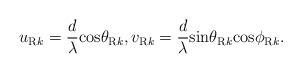
LaTeX: \begin{align*}u_{{\rm R}k}=\frac{d}{\lambda}{\rm cos}\theta_{{\rm R}k},v_{{\rm R}k}=\frac{d}{\lambda}{\rm sin}\theta_{{\rm R}k}{\rm cos}\phi_{{\rm R}k}.\end{align*}